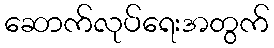
ဆောက်လုပ်ရေးအတွက်